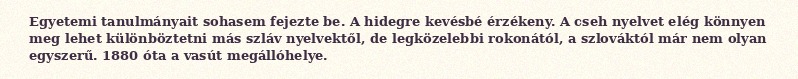
Egyetemi tanulmányait sohasem fejezte be. A hidegre kevésbé érzékeny. A cseh nyelvet elég könnyen meg lehet különböztetni más szláv nyelvektől, de legközelebbi rokonától, a szlováktól már nem olyan egyszerű. 1880 óta a vasút megállóhelye.